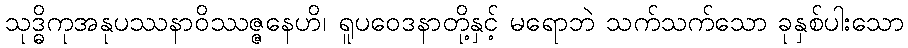
သုဒ္ဓိကုအနုပဿနာဝိဿဇ္ဇနေဟိ၊ ရူပဝေဒနာတို့နှင့် မရောဘဲ သက်သက်သော ခုနှစ်ပါးသော